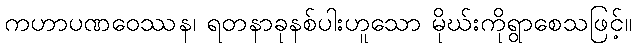
ကဟာပဏဝေဿန၊ ရတနာခုနစ်ပါးဟူသော မိုဃ်းကိုရွာစေသဖြင့်။